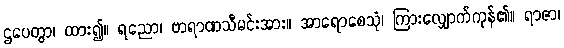
ဌပေတွာ၊ ထား၍။ ရညော၊ ဗာရာဏသီမင်းအား။ အာရောစေသုံ၊ ကြားလျှောက်ကုန်၏။ ရာဇာ၊